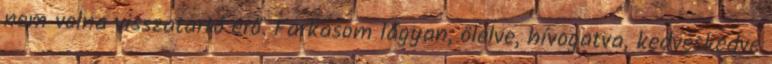
nem volna visszatartó erő. Farkasom lágyan, ölelve, hívogatva, kedveskedve